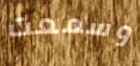
وسمعت